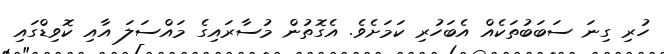
ހުރި ގިނަ ސަބަބުތަކެއް އެބަހުރި ކަމަށެވެ. އެގޮތުން މުސާރައިގެ މައްސަލަ އާއި ކޮވިޑްގައި